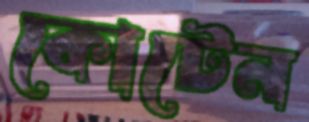
কোটেন